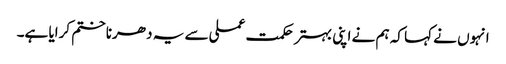
انہوں نے کہا کہ ہم نے اپنی بہتر حکمت عملی سے یہ دھرنا ختم کرایا ہے۔